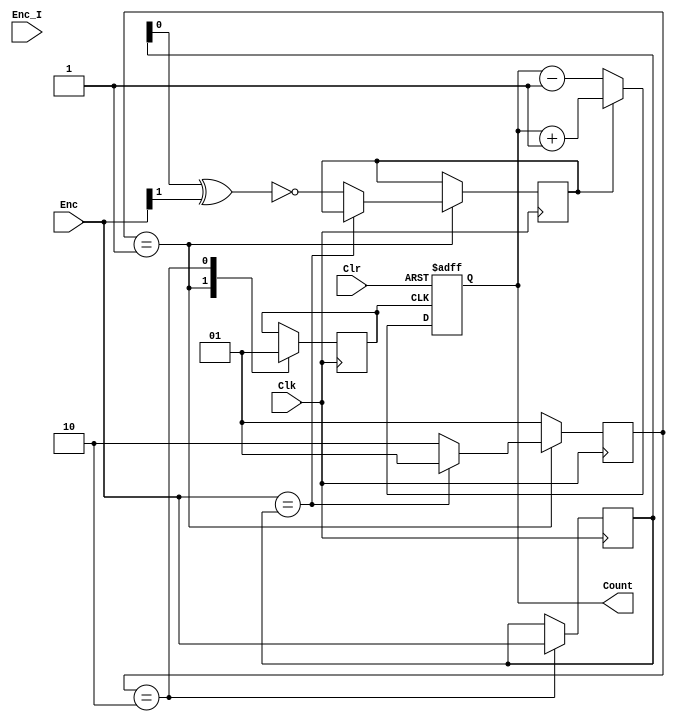
`timescale 1ns / 1ps
//////////////////////////////////////////////////////////////////////////////////
// Company: 
// Engineer: 
// 
// Design Name: 
// Module Name:    EncCounter 
// Project Name: 
// Target Devices: 
// Tool versions: 
// Description: 
//
// Dependencies: 
//
// Revision: 
// Revision 0.01 - File Created
// Additional Comments: 
//
//////////////////////////////////////////////////////////////////////////////////
module EncCounter(
    input [1:0] Enc,
    input Enc_I,
    input Clk,
    input Clr,
    output [17:0] Count
    );

   parameter S1 = 2'b01;
   parameter S2 = 2'b10;
	reg [1:0] state = S1;
	reg [17:0] EncCount;
	reg EncClk = 0;
	reg UP_DOWN = 0;
	reg [1:0] EncOld;
	assign Count = EncCount;
	
	always @(posedge EncClk or posedge Clr) begin
		if (Clr)
			EncCount <= 17'h00000;
		else if (UP_DOWN)
			EncCount <= EncCount + 1'b1;
		else
			EncCount <= EncCount - 1'b1;
	end

	always @(posedge Clk)
		case (state)
			S1: begin
				EncClk<=0;
				if (Enc==EncOld)
					state<=S1;
				else begin
					state<=S2;
					UP_DOWN <= ~(EncOld[0]^Enc[1]);
				end
			end
			S2: begin
				EncClk<=1;
				EncOld<=Enc;
				state<=S1;
			end
			default:
				state<=S1;
		endcase
endmodule